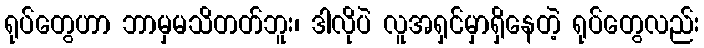
ရုပ်တွေဟာ ဘာမှမသိတတ်ဘူး၊ ဒါလိုပဲ လူအရှင်မှာရှိနေတဲ့ ရုပ်တွေလည်း